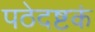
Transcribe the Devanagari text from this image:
पठेदष्टकं